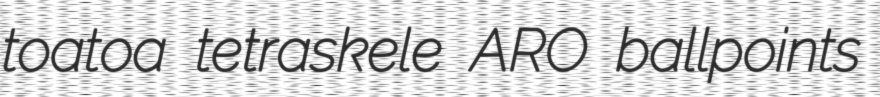
toatoa tetraskele ARO ballpoints